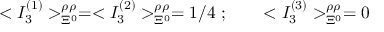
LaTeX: < { I } _ { 3 } ^ { ( 1 ) } > _ { \Xi ^ { 0 } } ^ { \rho \rho } = < { I } _ { 3 } ^ { ( 2 ) } > _ { \Xi ^ { 0 } } ^ { \rho \rho } = 1 / 4 \ ; \qquad < { I } _ { 3 } ^ { ( 3 ) } > _ { \Xi ^ { 0 } } ^ { \rho \rho } = 0